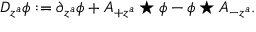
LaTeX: D _ { z ^ { a } } \phi : = \partial _ { z ^ { a } } \phi + A _ { + z ^ { a } } \star \phi - \phi \star A _ { - z ^ { a } } .